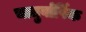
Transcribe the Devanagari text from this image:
चातुर्वार्षिक